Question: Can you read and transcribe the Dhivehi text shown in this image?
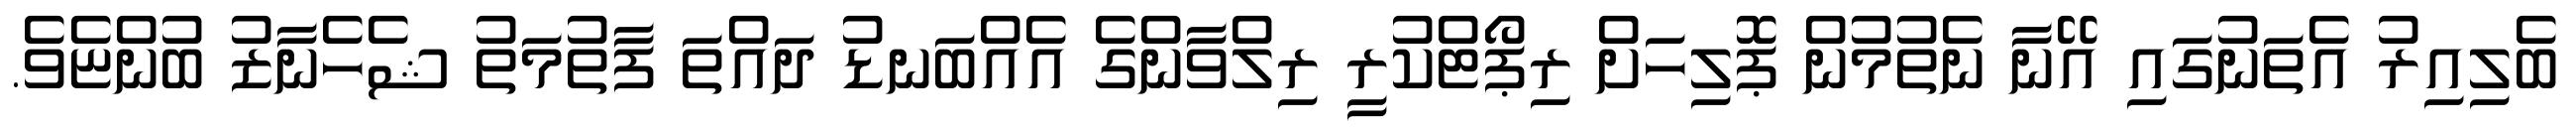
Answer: ބެލިއިރު އެތަނުގައި އޭނާ ނެތުމުން ޕޮލިހަށް ރިޕޯޓްކުރީ ރިލްވާންގެ އެއްބަނޑު ދައްތަ ފާތުމަތު ޝެހެނާޒު ބުންޏެވެ.